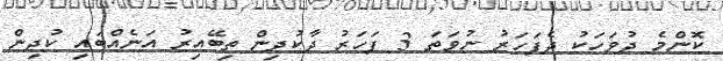
ކޮންމެ ދުވަހަކު ދެފަހަރު ނުވަތަ 3 ފަހަރު ދާކުދިން ތިބޭއިރު އަނެއްބައި ކުދިން